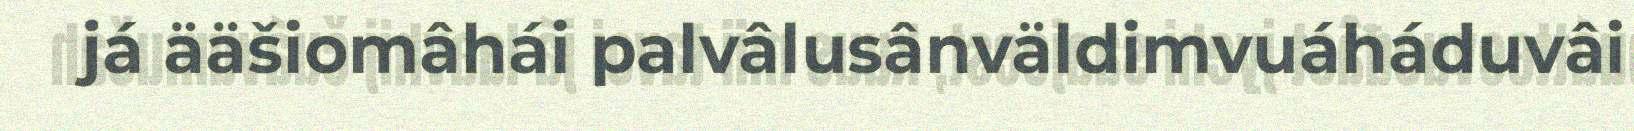
já ääšiomâhái palvâlusânväldimvuáháduvâi